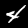
Digit: 4